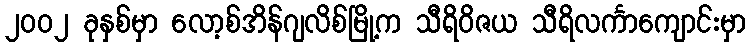
၂၀၀၂ ခုနှစ်မှာ လော့စ်အိန်ဂျလိစ်မြို့က သီရိဝိဇယ သီရိလင်္ကာကျောင်းမှာ